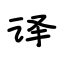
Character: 译